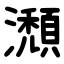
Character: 瀩